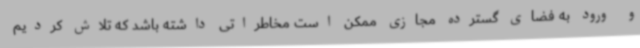
و ورود به فضای گسترده مجازی ممکن است مخاطراتی داشته باشد که تلاش کردیم